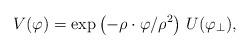
LaTeX: \begin{align*}V(\varphi) = \exp\left(-\rho\cdot\varphi/\rho^2 \right)\,U(\varphi_{\perp}),\end{align*}